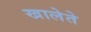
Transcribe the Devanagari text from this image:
खालेते